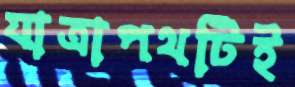
যাত্রাপথটিই